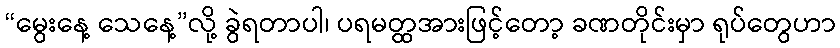
“မွေးနေ့ သေနေ့”လို့ ခွဲရတာပါ၊ ပရမတ္ထအားဖြင့်တော့ ခဏတိုင်းမှာ ရုပ်တွေဟာ